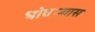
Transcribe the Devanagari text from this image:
भोवर्‍यास